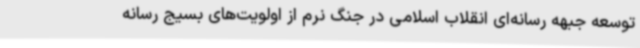
توسعه جبهه رسانه‌ای انقلاب اسلامی در جنگ نرم از اولویت‌های بسیج رسانه